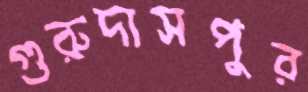
গুরুদাসপুর